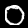
Digit: 0